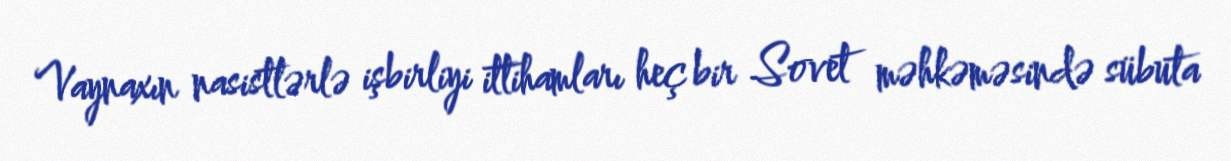
Vaynaxın nasistlərlə işbirliyi ittihamları heç bir Sovet məhkəməsində sübuta